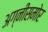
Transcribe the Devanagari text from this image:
अग्नीसमोर